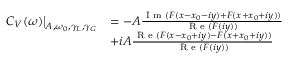
\begin{array} { r l } { \left. C _ { V } ( \omega ) \right\vert _ { A , \omega _ { 0 } , \gamma _ { L } , \gamma _ { G } } } & { = - A \frac { \textrm { I m } ( F ( x - x _ { 0 } - i y ) + F ( x + x _ { 0 } + i y ) ) } { \textrm { R e } ( F ( i y ) ) } } \\ & { + i A \frac { \textrm { R e } ( F ( x - x _ { 0 } + i y ) - F ( x + x _ { 0 } + i y ) ) } { \textrm { R e } ( F ( i y ) ) } } \end{array}